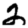
Digit: 2